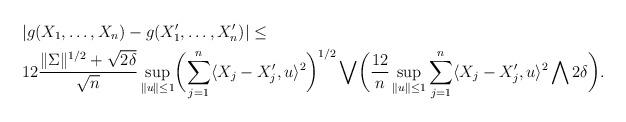
LaTeX: \begin{align*}&|g(X_1,\dots, X_n)-g(X_1',\dots, X_n')|\leq \\&12 \frac{\|\Sigma\|^{1/2}+\sqrt{2\delta}}{\sqrt{n}}\sup_{\|u\|\leq 1}\biggl(\sum_{j=1}^n \langle X_j-X_j',u\rangle^2\biggr)^{1/2} \bigvee\biggl(\frac{12}{n}\sup_{\|u\|\leq 1}\sum_{j=1}^n \langle X_j-X_j',u\rangle^2\bigwedge 2\delta\biggr).\end{align*}